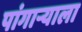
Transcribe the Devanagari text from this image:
पांगाऱ्याला